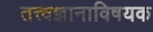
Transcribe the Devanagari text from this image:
तत्त्वज्ञानाविषयक